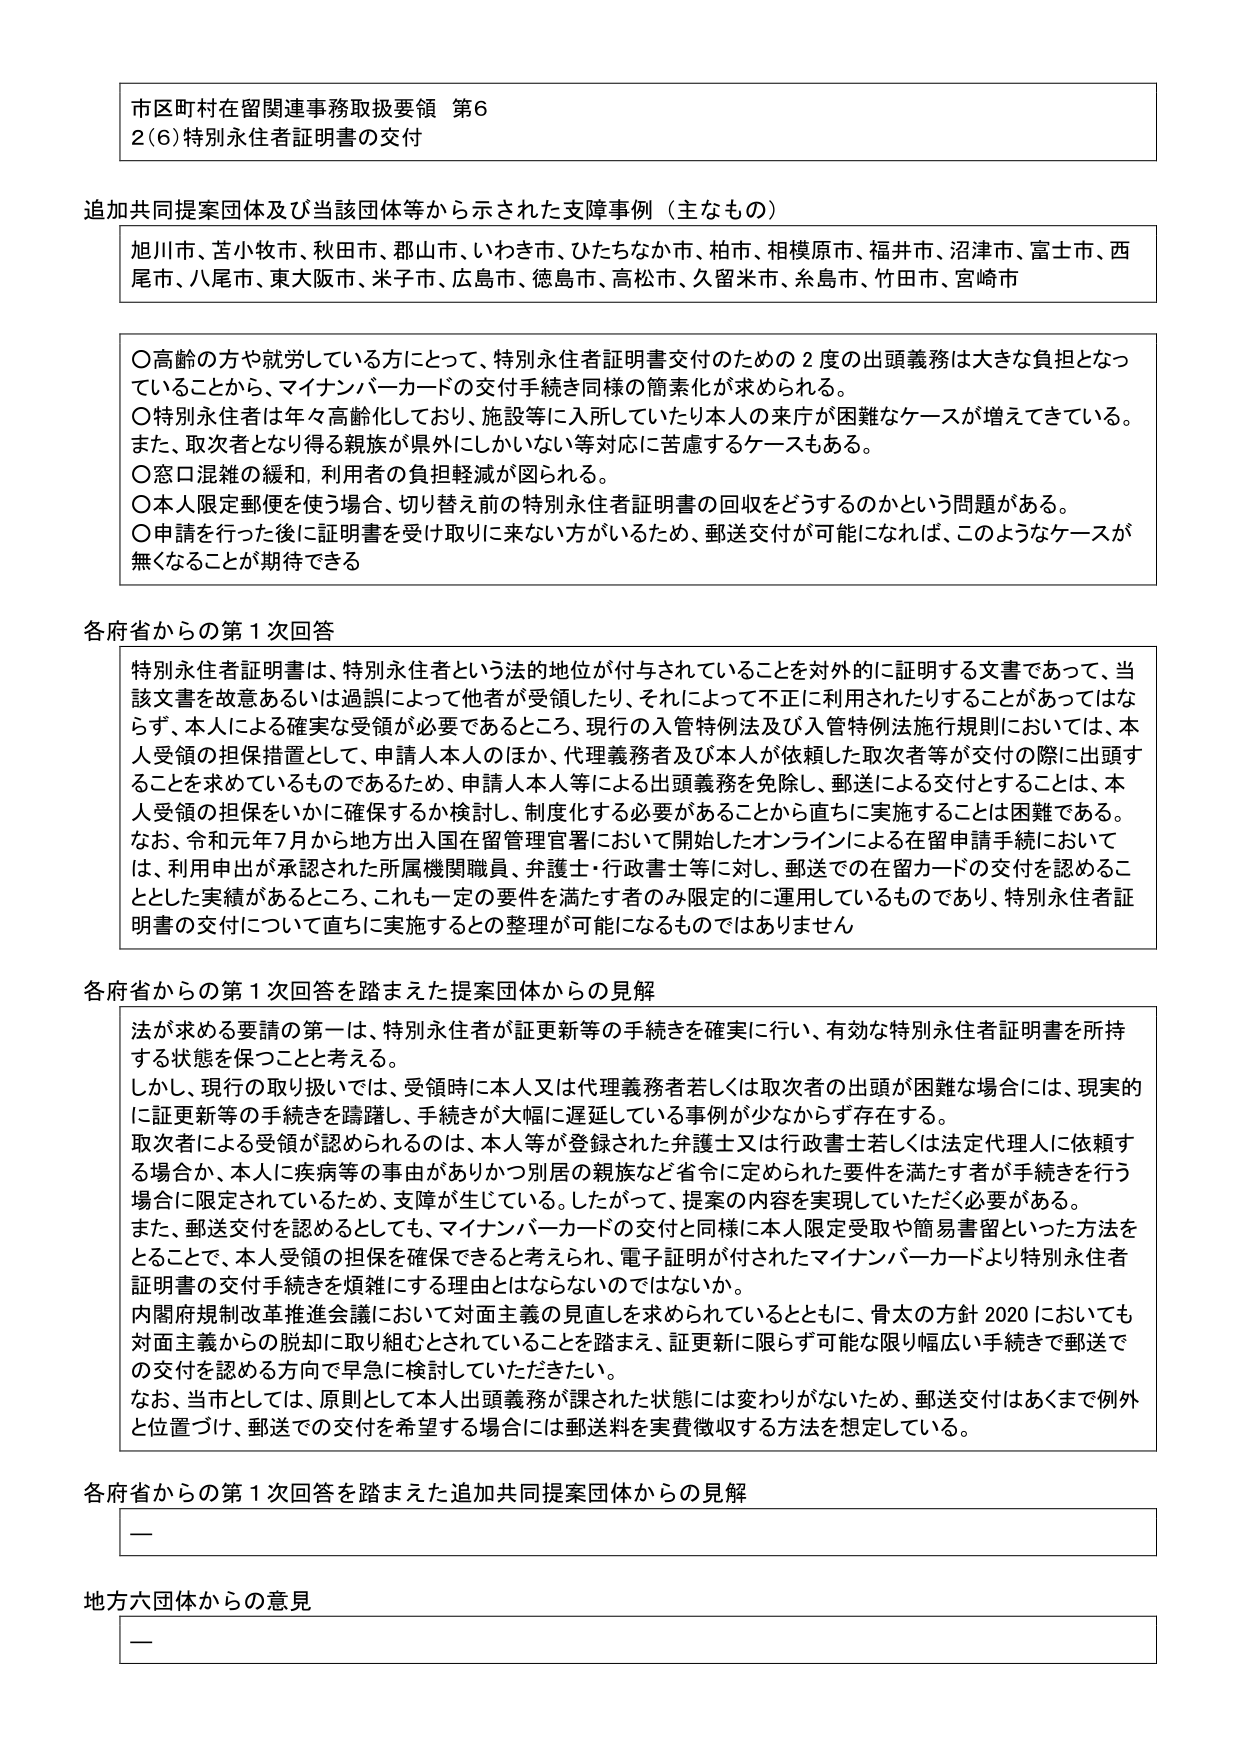
市区町村在留関連事務取扱要領 第6
2(6) 特別永住者証明書の交付

追加共同提案団体及び当該団体等から示された支援事例（主なもの）
旭川市、苫小牧市、秋田市、郡山市、いわき市、ひたちなか市、柏市、相模原市、福井市、沼津市、富士市、西尾市、八尾市、東大阪市、米子市、広島市、徳島市、高松市、久留米市、糸島市、竹田市、宮崎市

〇高齢の方や就労している方にとって、特別永住者証明書交付のための２度の出頭義務は大きな負担となっていることから、マイナンバーカードの交付手続き同様の簡素化が求められる。
〇特別永住者は年々高齢化しており、施設等に入所していたり本人の来庁が困難なケースが増えてきている。また、取次者となり得る親族が県外にしかいない等対応に苦慮するケースもある。
〇窓口混雑の緩和、利用者の負担軽減が図られる。
〇本人限定郵便を使う場合、切り替え前の特別永住者証明書の回収をどうするのかという問題がある。
〇申請を行った後に証明書を受け取りに来ない方がいるため、郵送交付が可能になれば、このようなケースが無くなることが期待できる

各府省からの第１次回答
特別永住者証明書は、特別永住者という法的地位が付与されていることを対外的に証明する文書であって、当該文書を故意あるいは過誤によって他者が受領したり、それによって不正に利用されたりすることがあってはならず、本人による確実な受領が必要であるところ、現行の入管特例法及び入管特例法施行規則においては、本人受領の担保措置として、申請人本人のほか、代理義務者及び本人が依頼した取次者等が交付の際に出頭することを求めているものであるため、申請人本人等による出頭義務を免除し、郵送による交付とすることは、本人受領の担保をいかに確保するか検討し、制度化する必要があることから直ちに実施することは困難である。なお、令和元年７月から地方出入国在留管理官署において開始したオンラインによる在留申請手続においては、利用申出が承認された所属機関職員、弁護士・行政書士等に対し、郵送での在留カードの交付を認めるこ ととした実績があるところ、これも一定の要件を満たす者のみ限定的に運用しているものであり、特別永住者証明書の交付について直ちに実施すると の整理が可能になるものではありません

各府省からの第１次回答を踏まえた提案団体からの見解
法が求める要請の第一は、特別永住者が証更新等の手続きを確実に行い、有効な特別永住者証明書を所持する状態を保つことと考える。
しかし、現行の取り扱いでは、受領時に本人又は代理義務者若しくは取次者の出頭が困難な場合には、現実的に証更新等の手続きを躊躇し、手続きが大幅に遅延している事例が少なからず存在する。
取次者による受領が認められるのは、本人等が登録された弁護士又は行政書士若しくは法定代理人に依頼する場合か、本人に疾病等の事由がありかつ別居の親族など省令に定められた要件を満たす者が手続きを行う場合に限定されているため、支障が生じている。したがって、提案の内容を実現していただく必要がある。
また、郵送交付を認めるとしても、マイナンバーカードの交付と同様に本人限定受取や簡易書留といった方法をとることで、本人受領の担保を確保できると考えられ、電子証明が付されたマイナンバーカードより特別永住者証明書の交付手続きを煩雑にする理由とはならないのではないか。
内閣府規制改革推進会議において対面主義の見直しを求められているとともに、骨太の方針2020においても対面主義からの脱却に取り組むとされていることを踏まえ、証更新に限らず可能な限り幅広い手続きで郵送での交付を認める方向で早急に検討していただきたい。
なお、当市としては、原則として本人出頭義務が課された状態には変わりがないため、郵送交付はあくまで例外と位置づけ、郵送での交付を希望する場合には郵送料を実費徴収する方法を想定している。

各府省からの第１次回答を踏まえた追加共同提案団体からの見解
ー

地方六団体からの意見
ー